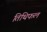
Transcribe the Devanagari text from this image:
तिथिफल